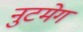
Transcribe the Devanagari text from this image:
नुटमेग